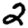
Digit: 2